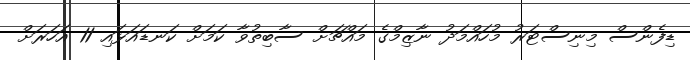
ޑިފެންސް މިނިސްޓަރު މުހައްމަދު ނާޒިމްގެ މައްޗަށް ސާބިތުވާ ކަމަށް ކަނޑައަޅައި 11 އަހަރަށް